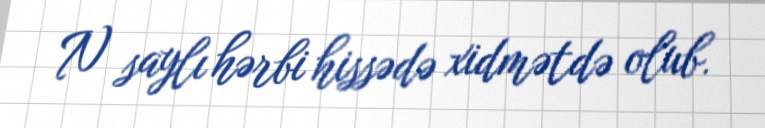
N saylı hərbi hissədə xidmətdə olub.